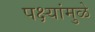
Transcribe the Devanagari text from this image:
पक्ष्यांमुळे